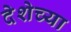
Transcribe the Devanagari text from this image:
देशेच्या